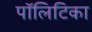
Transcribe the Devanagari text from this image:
पॉलिटिका